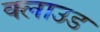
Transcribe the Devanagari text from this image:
क्‍लाउड